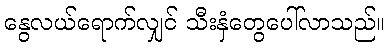
နွေလယ်ရောက်လျှင် သီးနှံတွေပေါ်လာသည်။